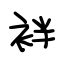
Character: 袢